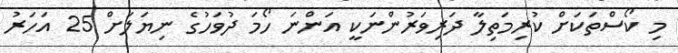
މި ކޯސްތަކަށް ކުރިމަތިލާ ދަރިވަރުންނަކީ އަންނަ ހޯމަ ދުވަހުގެ ނިޔަލަށް 25 އަހަރު